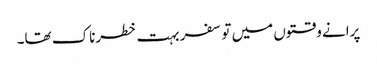
پرانے وقتوں میں تو سفر بہت خطرناک تھا۔